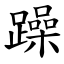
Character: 躁